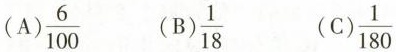
(A) \frac{6}{100} (B) \frac{1}{18} (C) \frac{1}{180}